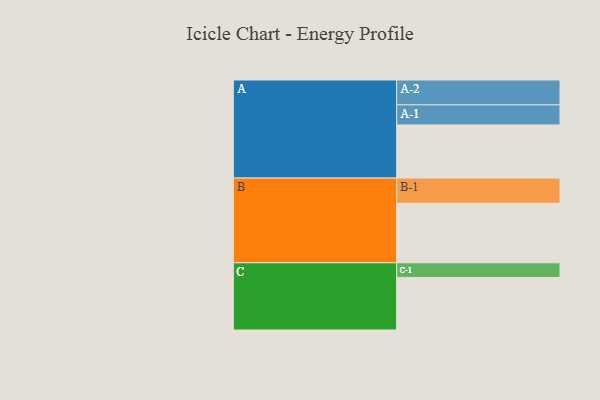
{"axis": {"x": "Segment", "y": "Value"}, "legend": ["", "A", "B", "C"], "data": [{"x": "A", "y": 530, "type": ""}, {"x": "B", "y": 594, "type": ""}, {"x": "C", "y": 524, "type": ""}, {"x": "A-1", "y": 200, "type": "A"}, {"x": "A-2", "y": 248, "type": "A"}, {"x": "B-1", "y": 251, "type": "B"}, {"x": "C-1", "y": 146, "type": "C"}]}